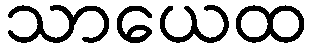
သာယေထ